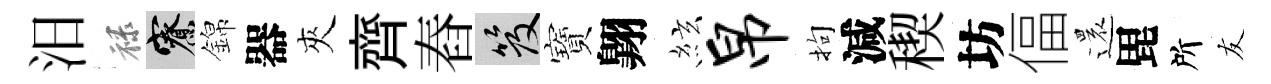
汨禄寮錦器夾齊舂笈寶翺絃帛拘減稧坊偪還毘所友